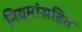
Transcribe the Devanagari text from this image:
नियमांसहित